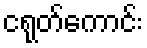
ငရုတ်ကောင်း